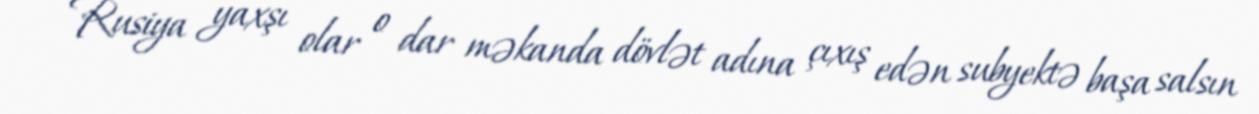
Rusiya yaxşı olar o dar məkanda dövlət adına çıxış edən subyektə başa salsın